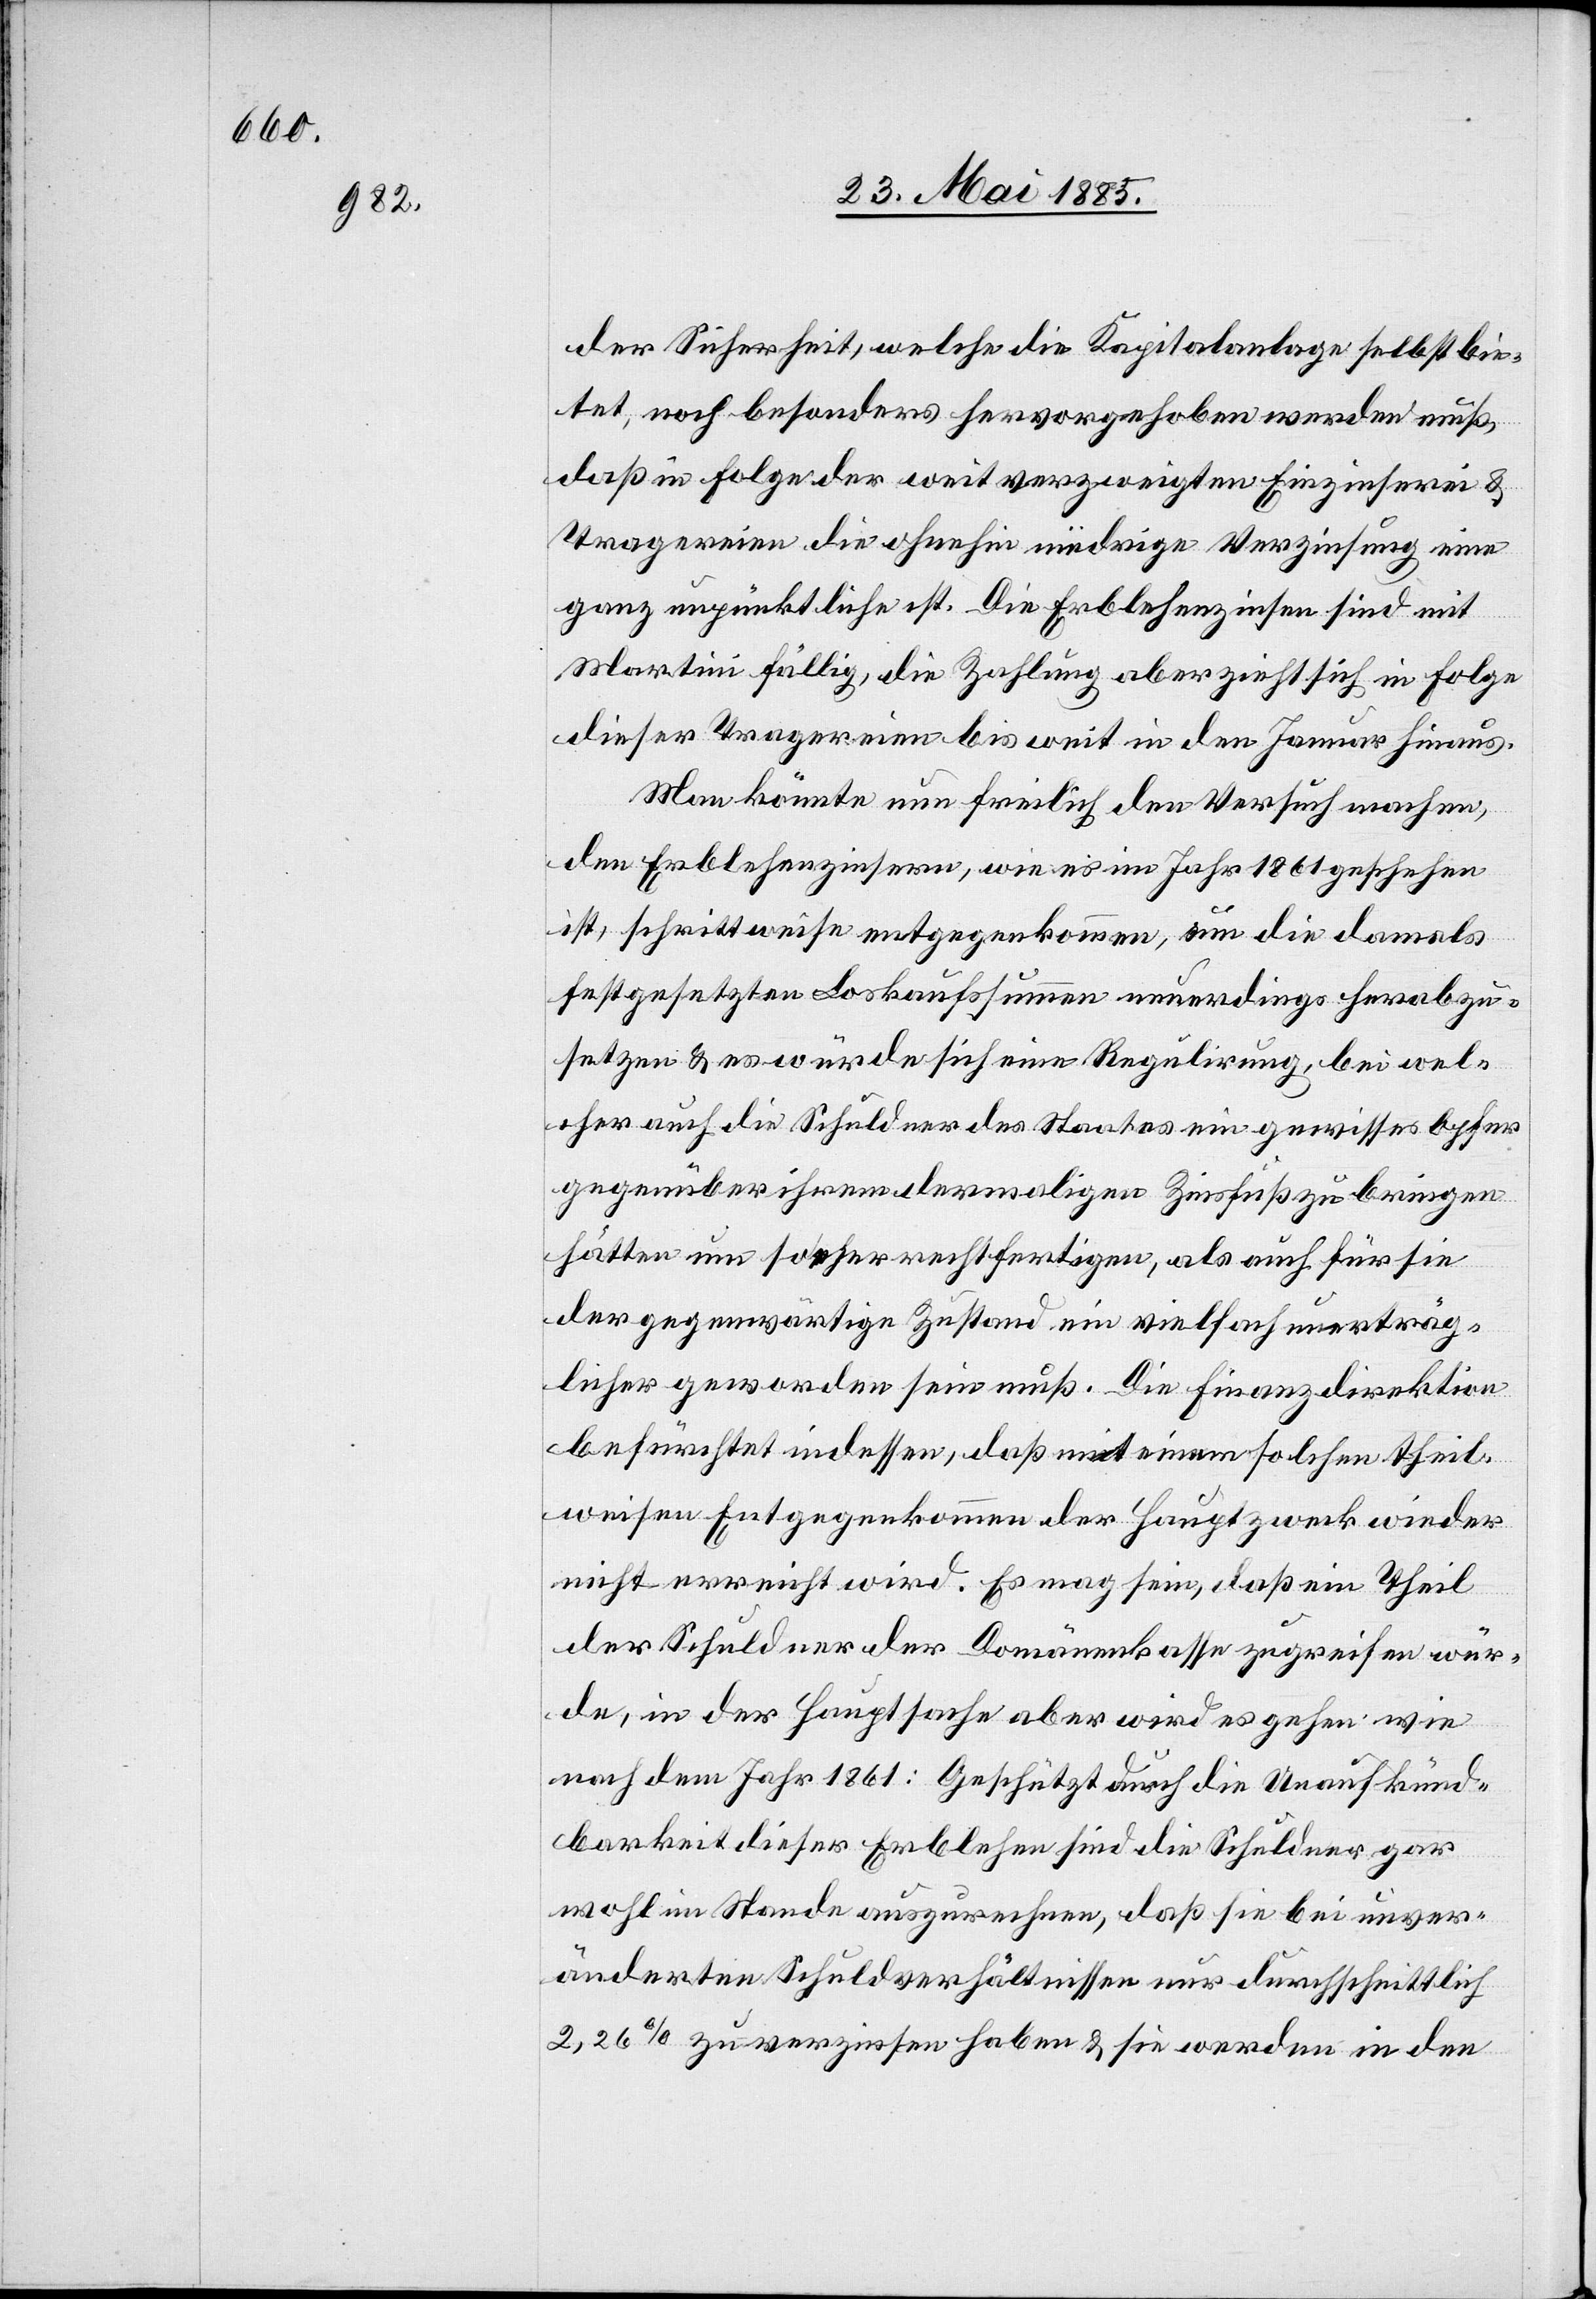
der Sicherheit, welche die Kapitalanlage selbst bie¬
tet, noch besonders hervorgehoben werden muß,
daß in Folge der weit verzweigten Einzinserei &
Tragereien die ohnehin niedrige Verzinsung eine
ganz unpünktliche ist. Die Erblehenzinsen sind mit
Martini fällig, die Zahlung aber zieht sich in Folge
dieser Tragereien bis weit in den Januar hinaus.
Man könnte nun freilich den Versuch machen,
den Erblehenzinsern, wie es im Jahr 1861 geschehen
ist, schrittweise entgegenkommen, um die damals
festgesetzten Loskaufssummen neuerdings herabzu¬
setzen & es würde sich eine Regulirung, bei wel¬
cher auch die Schuldner des Staates ein gewisses Opfer
gegenüber ihrem damaligen Zinsfuß zu bringen
hätten um so eher rechtfertigen, als auch für sie
der gegenwärtige Zustand ein vielfach unerträg¬
licher geworden sein muß. Die Finanzdirektion
befürchtet indessen, daß mit einem solchen theil¬
weisen Entgegenkommen der Hauptzweck wieder
nicht erreicht wird. Es mag sein, daß ein Theil
der Schuldner der Domänenkasse zugreifen wür¬
de, in der Hauptsache aber wird es gehen wie
nach dem Jahr 1861: Geschützt durch die Unaufkünd¬
barkeit dieser Erblehen sind die Schuldner gar
wohl im Stande auszurechnen, daß sie bei unver¬
änderten Schuldverhältnissen nur durchschnittlich
2,26% zu verzinsen haben & sie werden in den